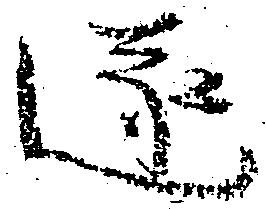
遂